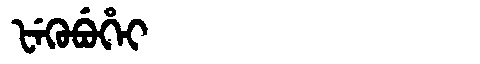
Manchu: ᡶᡝᡴᡠᠪᡠᡥᡝᡳ
Romanization: FEKUBUHEI